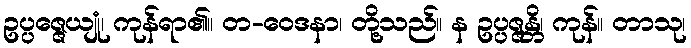
ဥပ္ပဇ္ဇေယျုံ၊ ကုန်ရာ၏။ တ-ဝေဒနာ၊ တို့သည်။ န ဥပ္ပဇ္ဇန္တိ၊ ကုန်။ တာသု၊